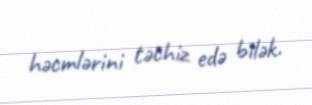
həcmlərini təchiz edə bilək.